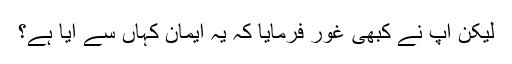
لیکن آپ نے کبھی غور فرمایا کہ یہ ایمان کہاں سے آیا ہے؟